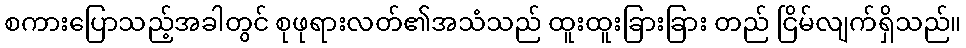
စကားပြောသည့်အခါတွင် စုဖုရားလတ်၏အသံသည် ထူးထူးခြားခြား တည် ငြိမ်လျက်ရှိသည်။